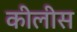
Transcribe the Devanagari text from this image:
कीलीस